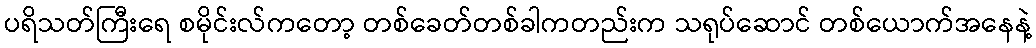
ပရိသတ်ကြီးရေ စမိုင်းလ်ကတော့ တစ်ခေတ်တစ်ခါကတည်းက သရုပ်ဆောင် တစ်ယောက်အနေနဲ့